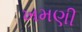
ખમણી